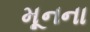
મૂનના